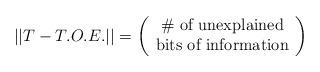
LaTeX: \begin{align*}|| T - T.O.E. || = \left( \begin{array}{c} \mbox{\# of unexplained} \\ \mbox{bits of information} \end{array} \right)\end{align*}